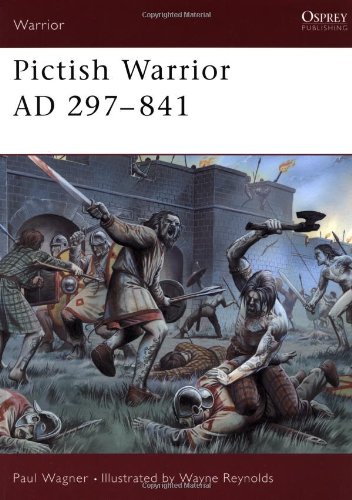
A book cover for Pictish Warrior AD 297-841; Paul Wagner; History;